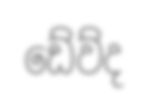
ඩේව්ද